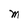
Character: M